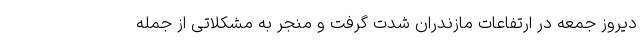
دیروز جمعه در ارتفاعات مازندران شدت گرفت و منجر به مشکلاتی از جمله